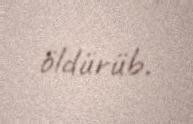
öldürüb.